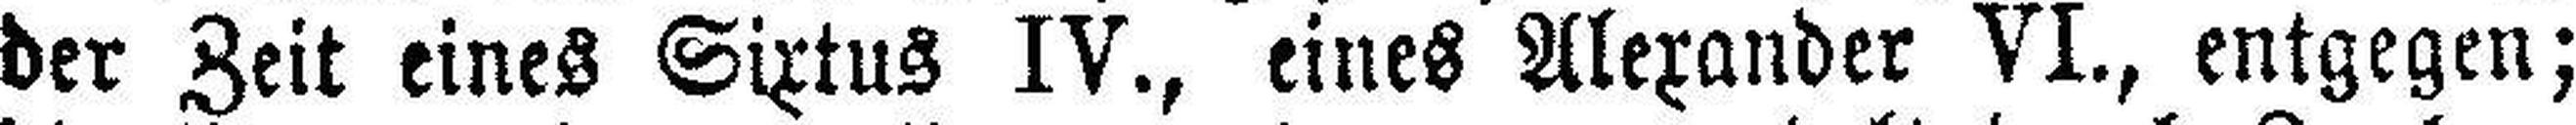
der Zeit eines Sixtus IV., eines Alexander VI., entgegen;